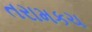
તરામકચ